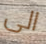
الى